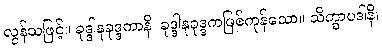
လွန်သဖြင့်။ ခုဒ္ဒါနုခုဒ္ဒကာနိ၊ ခုဒ္ဒါနုခုဒ္ဒကဖြစ်ကုန်သော။ သိက္ခာပဒါနိ၊